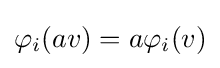
\varphi _{i}(av)=a\varphi _{i}(v)